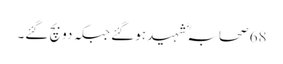
68 صحابہؓ شہید ہوگئے جبکہ دو بچ گئے۔